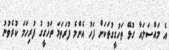
އެ މައްސަލައާ ގުޅޭ ތަހުގީގުތަކަށް ފަހު އެންމެ ފުރަތަމަ ތަހުގީގު ފުރިހަމަ ކުރެވުނު